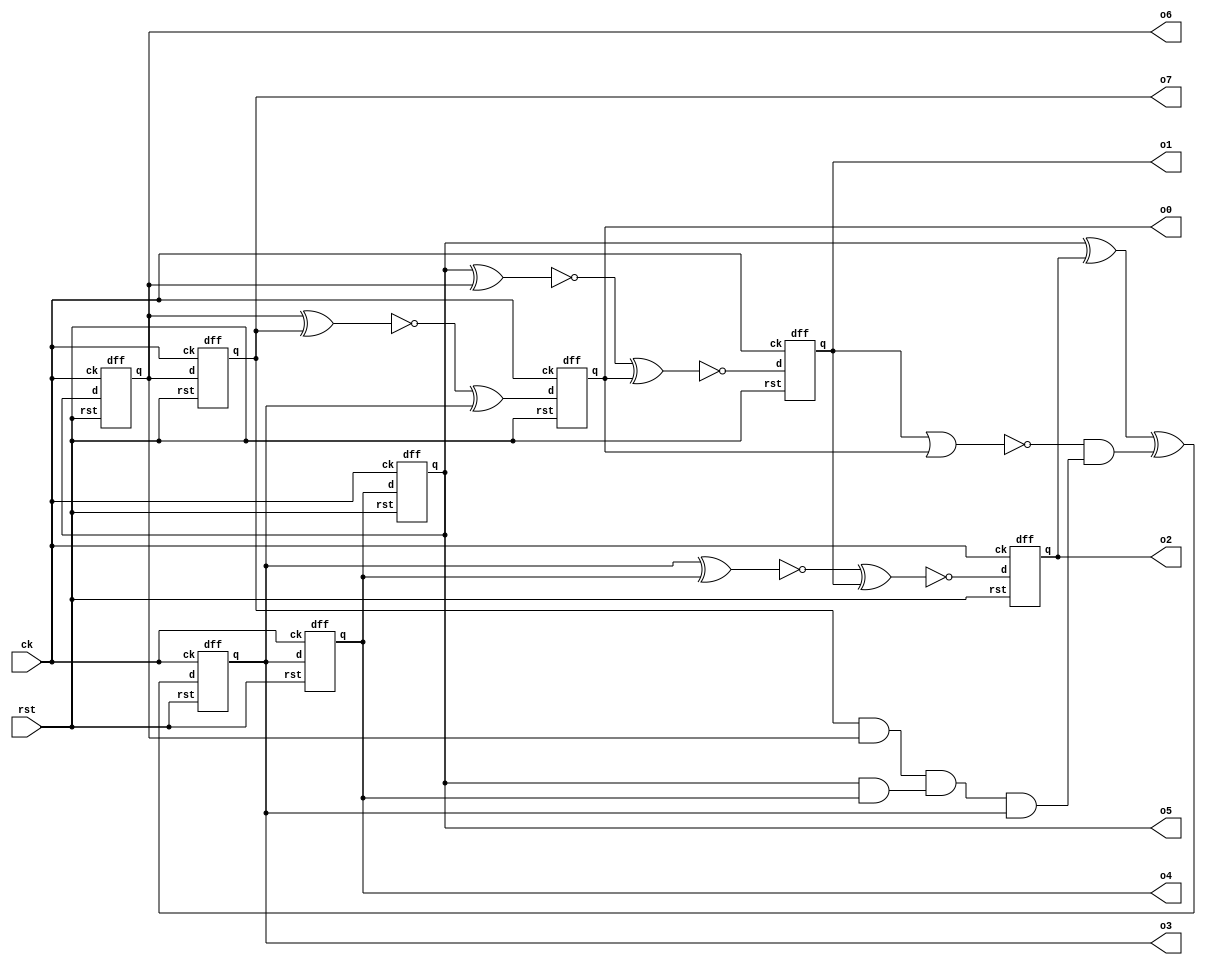
module nlprg8 (
  input ck,
  input rst,
  output o0,
  output o1,
  output o2,
  output o3,
  output o4,
  output o5,
  output o6,
  output o7
);
  wire s0;
  wire o0_temp;
  wire s1;
  wire o2_temp;
  wire s2;
  wire o1_temp;
  wire s3;
  wire o3_temp;
  wire o4_temp;
  wire o5_temp;
  wire o6_temp;
  wire o7_temp;

  dff dff0 (
    .d( s0 ),
    .ck( ck ),
    .rst( rst ),
    .q( o0_temp )
  );

  dff dff1 (
    .d( s1 ),
    .ck( ck ),
    .rst( rst ),
    .q( o2_temp )
  );

  dff dff2 (
    .d( s2 ),
    .ck( ck ),
    .rst( rst ),
    .q( o1_temp )
  );

  dff dff3 (
    .d( s3 ),
    .ck( ck ),
    .rst( rst ),
    .q( o3_temp )
  );

  dff dff4 (
    .d( o4_temp ),
    .ck( ck ),
    .rst( rst ),
    .q( o5_temp )
  );

  dff dff5 (
    .d( o3_temp ),
    .ck( ck ),
    .rst( rst ),
    .q( o4_temp )
  );

  dff dff6 (
    .d( o5_temp ),
    .ck( ck ),
    .rst( rst ),
    .q( o6_temp )
  );

  dff dff7 (
    .d( o6_temp ),
    .ck( ck ),
    .rst( rst ),
    .q( o7_temp )
  );

  assign s0 = (~ (o6_temp ^ o7_temp) ^ o3_temp);
  assign s1 = ~ (~ (o3_temp ^ o4_temp) ^ o1_temp);
  assign s2 = ~ (~ (o5_temp ^ o6_temp) ^ o0_temp);
  assign s3 = ((o5_temp ^ o2_temp) ^ (~ (o1_temp | o0_temp) & (((o7_temp & o6_temp) & (o5_temp & o4_temp)) & o3_temp)));
  assign o0 = o0_temp;
  assign o1 = o1_temp;
  assign o2 = o2_temp;
  assign o3 = o3_temp;
  assign o4 = o4_temp;
  assign o5 = o5_temp;
  assign o6 = o6_temp;
  assign o7 = o7_temp;

endmodule

module dff
(
   input d,
   input ck,
   input rst,
   output q

);
    reg state;

    assign q = state;

    always @ (posedge ck or posedge rst )
    begin
        if (rst)
            state <= 'h0;
        else
            state <= d;
    end

endmodule